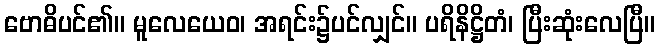
ဗောဓိပင်၏။ မူလေယေဝ၊ အရင်း၌ပင်လျှင်။ ပရိနိဋ္ဌိတံ၊ ပြီးဆုံးလေပြီ။